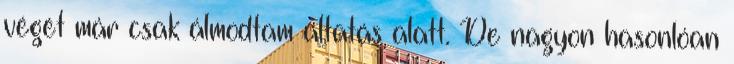
végét már csak álmodtam altatás alatt. De nagyon hasonlóan